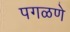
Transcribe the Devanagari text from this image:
पगळणे